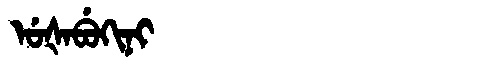
Manchu: ᡠᡧᠠᠪᡠᡴᡳᠨᡳ
Romanization: UŠABUKINI